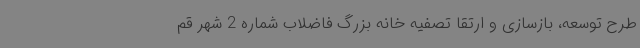
طرح توسعه، بازسازی و ارتقا تصفیه خانه بزرگ فاضلاب شماره 2 شهر قم